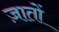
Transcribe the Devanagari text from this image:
ज़ातों